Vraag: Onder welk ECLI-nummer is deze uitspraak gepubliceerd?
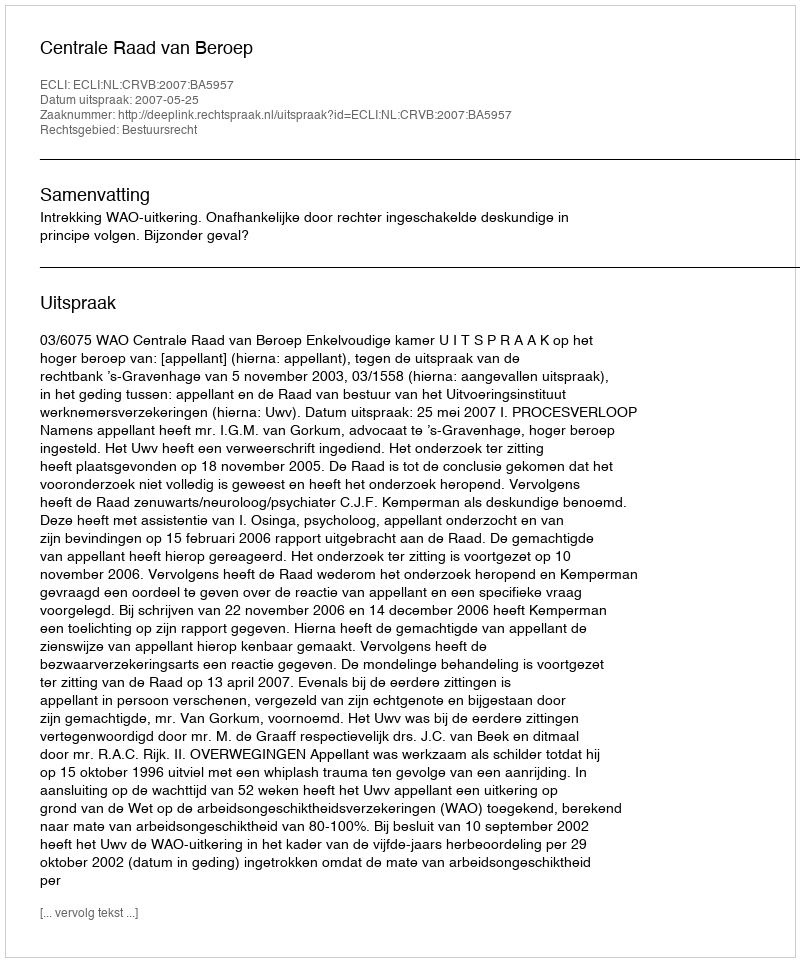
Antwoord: ECLI:NL:CRVB:2007:BA5957